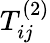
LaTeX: T_{ij}^{\left(2\right)}